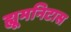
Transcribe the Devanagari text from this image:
ह्यूमनिटास